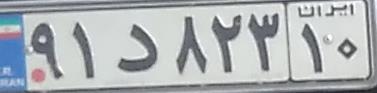
۹۱د۸۲۳۱۰